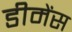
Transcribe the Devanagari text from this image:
डीमेंस